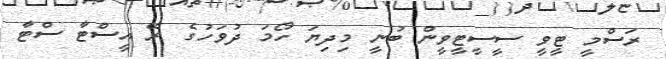
ރަސްމީ ޓީވީ ސީސީޓީވީން ބުނީ މިދިޔަ ހޯމަ ދުވަހުގެ ރޭ އީސްޓާ ސްޓާ